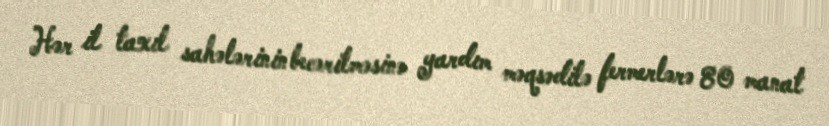
Hər il taxıl sahələrinin becərilməsinə yardım məqsədilə fermerlərə 80 manat